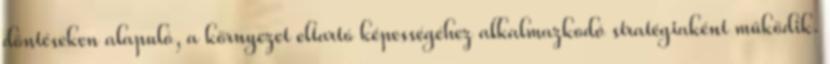
döntéseken alapuló, a környezet eltartó képességéhez alkalmazkodó stratégiaként működik.